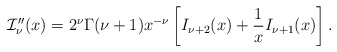
\begin{align*}\mathcal{I}_{\nu}''(x)=2^{\nu}\Gamma(\nu+1)x^{-\nu}\left[I_{\nu+2}(x)+\frac{1}{x}I_{\nu+1}(x)\right].\end{align*}